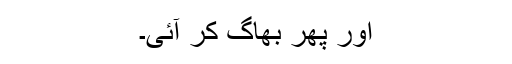
اور پھر بھاگ کر آئی۔